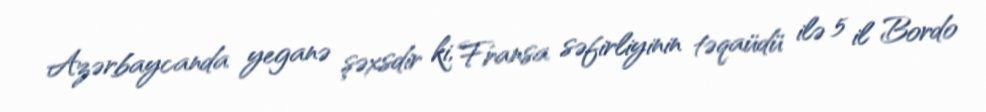
Azərbaycanda yeganə şəxsdir ki, Fransa səfirliyinin təqaüdü ilə 5 il Bordo